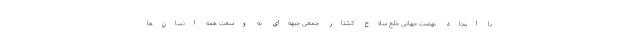
با ایجاد نهضت جهانی خلع سلاح کشتار جمعی جبهه‌­ای به وسعت همه انسان­‌ها